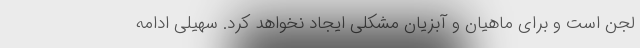
لجن است و برای ماهیان و آبزیان مشکلی ایجاد نخواهد کرد. سهیلی ادامه